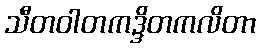
သီတဝါတကဒ္ဒိတကလိတာ